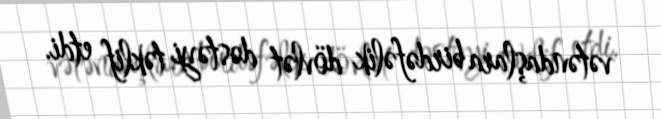
vətəndaşlara birdəfəlik dövlət dəstəyi təklif etdi.